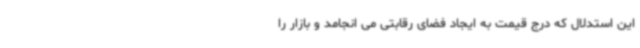
این استدلال که درج قیمت به ایجاد فضای رقابتی می انجامد و بازار را